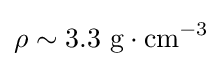
\rho \sim 3.3\ \mathrm {g} \cdot \mathrm {cm} ^{-3}